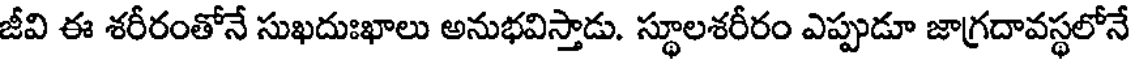
జీవి ఈ శరీరంతోనే సుఖదుఃఖాలు అనుభవిస్తాడు. స్థూలశరీరం ఎప్పుడూ జాగ్రదావస్థలోనే